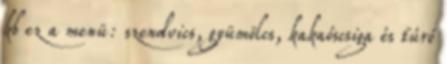
kb ez a menü: szendvics, gyümölcs, kakaóscsiga és túró